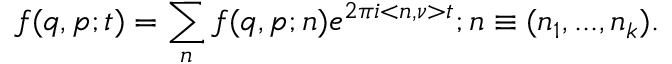
f ( q , p ; t ) = \sum _ { n } f ( q , p ; n ) e ^ { 2 { \pi } i < n , \nu > t } ; n \equiv ( n _ { 1 } , . . . , n _ { k } ) .